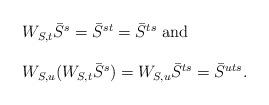
LaTeX: \begin{align*}\begin{array}{l}W_{S,t}\bar{S}^{s}=\bar{S}^{st} =\bar{S}^{ts}\mbox{ and}\\\\ W_{S,u}(W_{S,t}\bar{S}^{s})=W_{S,u}\bar{S}^{ts}= \bar{S}^{uts}.\end{array}\end{align*}